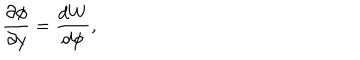
LaTeX: \frac { \partial \phi } { \partial y } = \frac { d W } { d \phi } ,